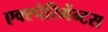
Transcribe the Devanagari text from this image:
एक्स्पेरिमेंन्टस